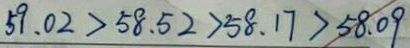
5 9 . 0 2 > 5 8 . 5 2 > 5 8 . 1 7 > 5 8 . 0 9